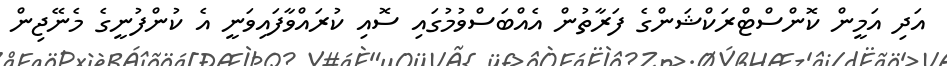
އަދި އަމީން ކޮންސްޓްރަކްޝަންގެ ފަރާތުން އެއްބަސްވުމުގައި ސޮއި ކުރައްވާފައިވަނީ އެ ކުންފުނީގެ މެނޭޖިން